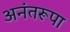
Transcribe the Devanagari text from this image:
अनंतरूपा